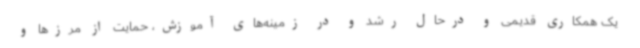
یک همکاری قدیمی و درحال رشد و در زمینه‌های آموزش، حمایت از مرزها و